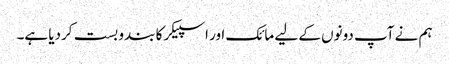
ہم نے آپ دونوں کے لیے مائک اور اسپیکر کا بندو بست کردیا ہے۔